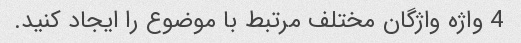
4 واژه واژگان مختلف مرتبط با موضوع را ایجاد کنید.